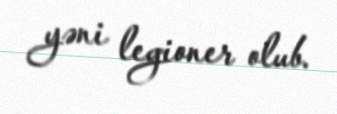
yəni legioner olub.